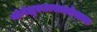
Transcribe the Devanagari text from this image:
व्हेनेझुएलाखालोखाल